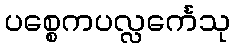
ပစ္စေကပလ္လင်္ကေသု